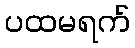
ပထမရက်